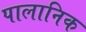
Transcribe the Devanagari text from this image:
पालानिक